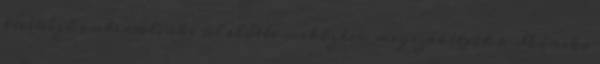
tévénéző emberrel, aki ül előtte miközben megszakítják a Mónika